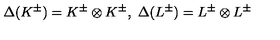
\Delta ( K ^ { \pm } ) = K ^ { \pm } \otimes K ^ { \pm } , \ \Delta ( L ^ { \pm } ) = L ^ { \pm } \otimes L ^ { \pm }